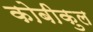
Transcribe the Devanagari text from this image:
कोबीकुल